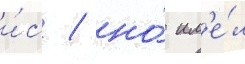
и́с / но́ им'е́л